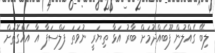
ލިބޭ ގެއްލުން ފޫބެއްދުމަށް ބާރު އަޅާ ތިޔަރީ ނުވަތަ ފަލްސަފާ އާ އެއްގޮތަށް